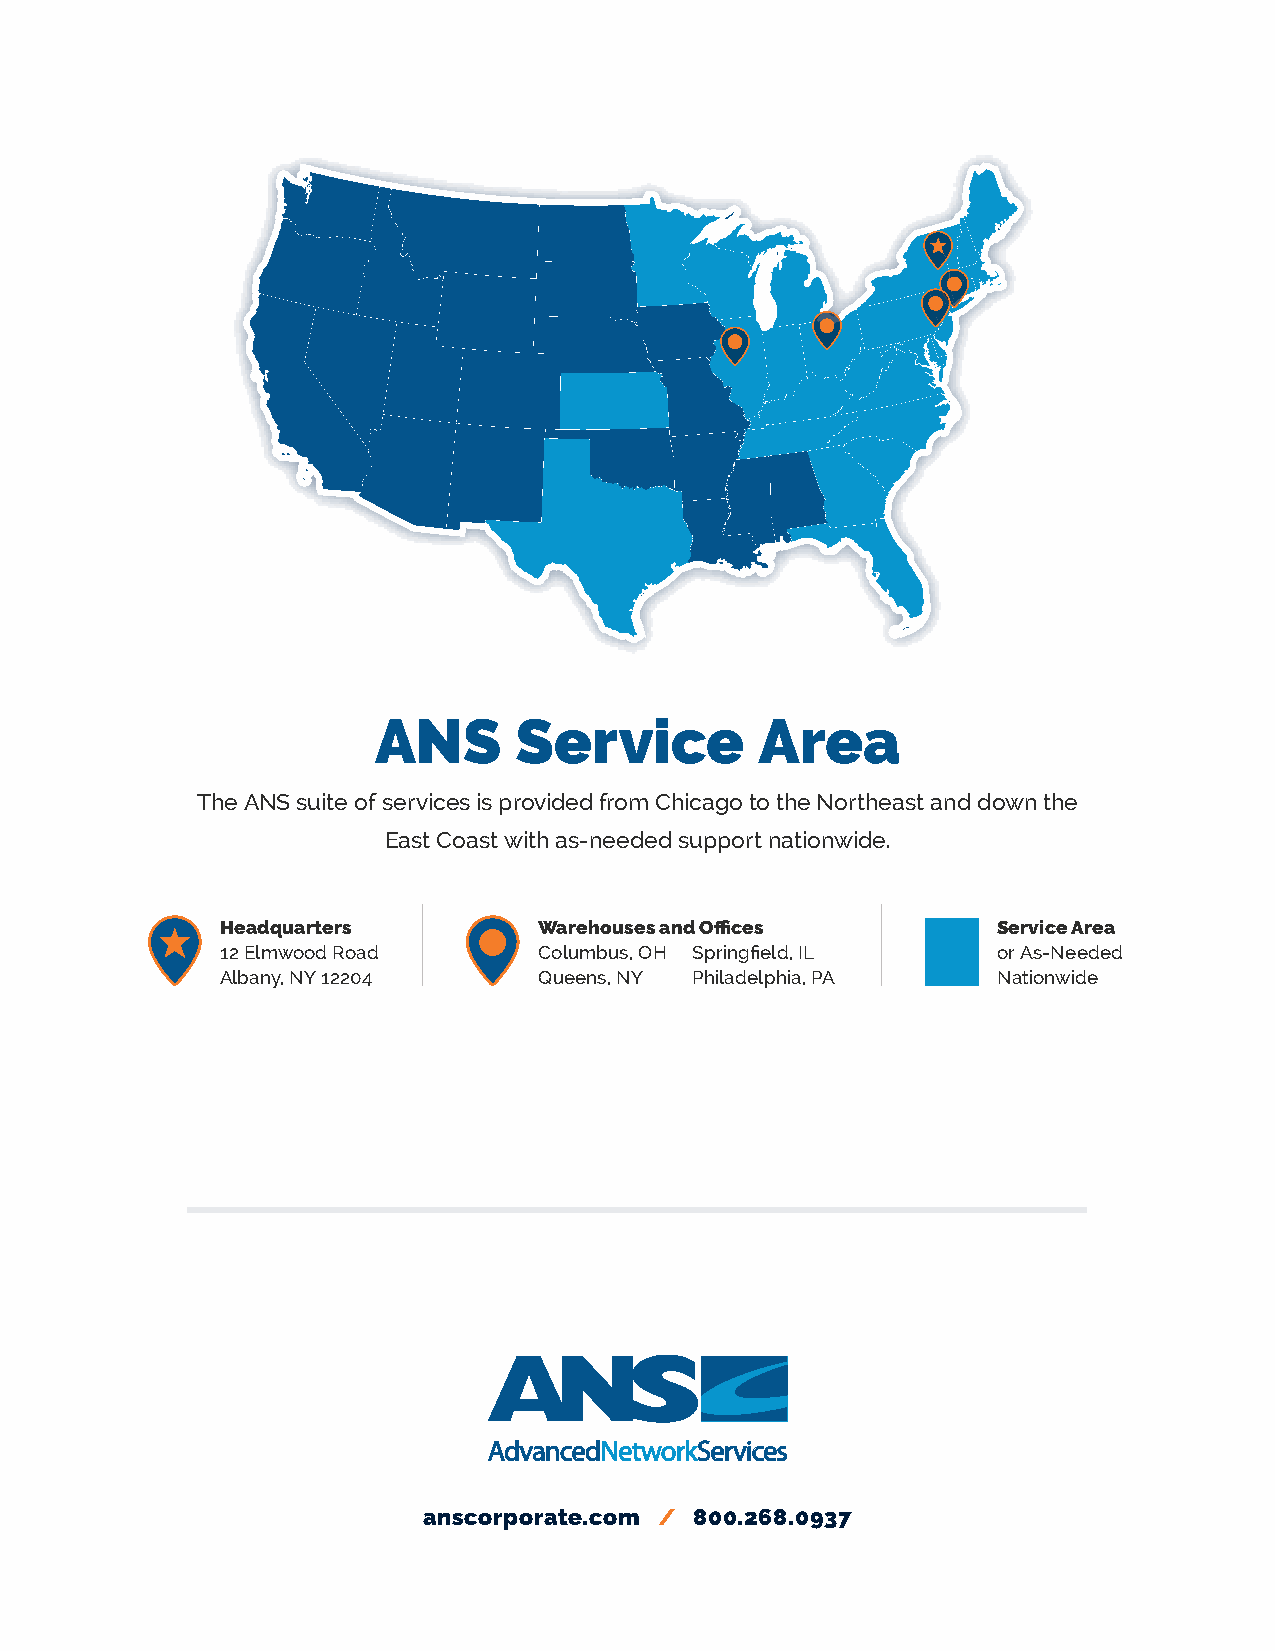
Headquarters
 Warehouses and Offices
 Service Area
 ANS      Service         Area
 The ANS suite of services is provided from Chicago to the Northeast and down the
 East Coast with as-needed support nationwide.
 Headquarters         Warehouses and Offices        Service Area
 12 Elmwood Road      Columbus, OH Springfield, IL  or As-Needed
 Albany, NY 12204     Queens, NY Philadelphia, PA   Nationwide
 AdvancedNetworkServices
 anscorporate.com / 800.268.0937